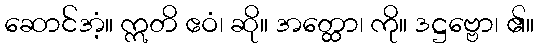
ဆောင်အံ့။ ဣတိ ဧဝံ၊ ဆို။ အတ္ထော၊ ကို။ ဒဋ္ဌဗ္ဗော၊ ၏။